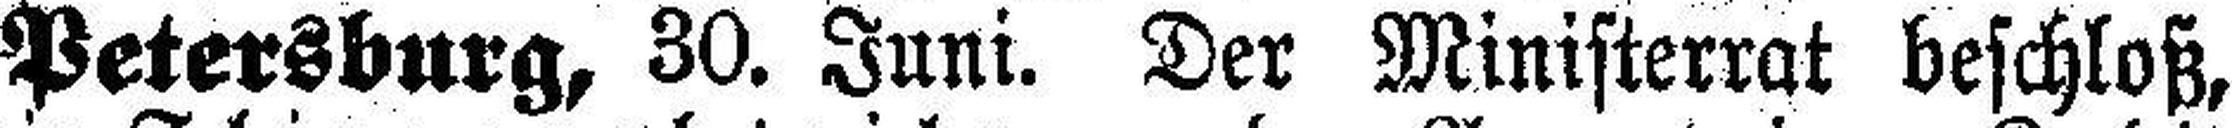
Petersburg, 30. Juni. Der Ministerrat beschloß,